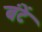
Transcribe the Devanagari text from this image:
बंटें